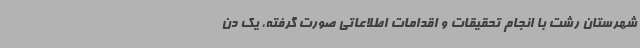
شهرستان رشت با انجام تحقیقات و اقدامات اطلاعاتی صورت گرفته، یک دن